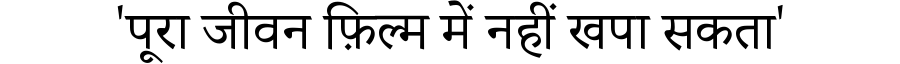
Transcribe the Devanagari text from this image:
'पूरा जीवन फ़िल्म में नहीं खपा सकता'